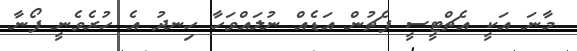
މާނަ އަކީ އެޗްޓީސީ ފެޗުން އަޑެއް ނުލައްވަހާ ހިނދު އެ ހުރެވެނީ ފޯނާ